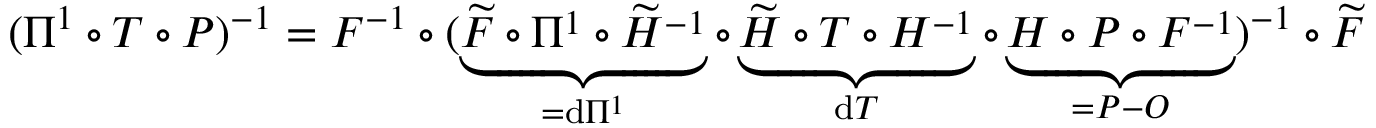
( \Pi ^ { 1 } \circ T \circ P ) ^ { - 1 } = F ^ { - 1 } \circ ( \underbrace { \widetilde F \circ \Pi ^ { 1 } \circ \widetilde H ^ { - 1 } } _ { = \mathrm d \Pi ^ { 1 } } \circ \underbrace { \widetilde H \circ T \circ H ^ { - 1 } } _ { \mathrm d T } \circ \underbrace { H \circ P \circ F ^ { - 1 } } _ { = P - O } ) ^ { - 1 } \circ \widetilde F